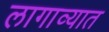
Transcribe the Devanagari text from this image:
लागाव्यात